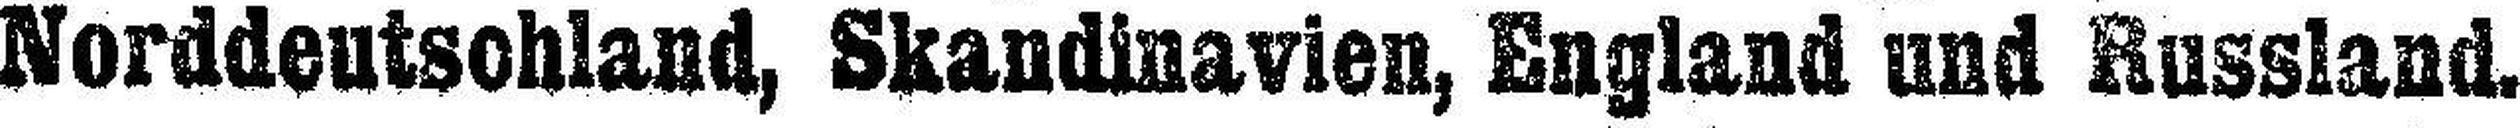
Norddeutsohland, Skandinavien, England and Russland.